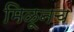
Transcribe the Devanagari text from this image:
मिळूनच